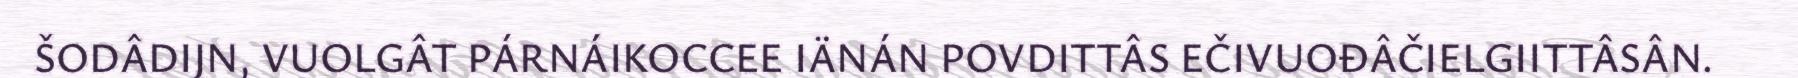
ŠODÂDIJN, VUOLGÂT PÁRNÁIKOCCEE IÄNÁN POVDITTÂS EČIVUOĐÂČIELGIITTÂSÂN.